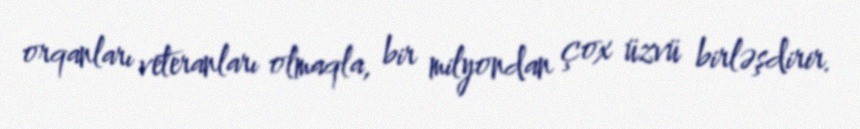
orqanları veteranları olmaqla, bir milyondan çox üzvü birləşdirir.